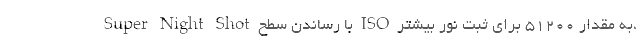
Super Night Shot با رساندن سطح ISO به مقدار ۵۱۲۰۰ برای ثبت نور بیشتر،